Lunatic asylums Punjab 1881-1894 - 1881-1894
Year: 1881
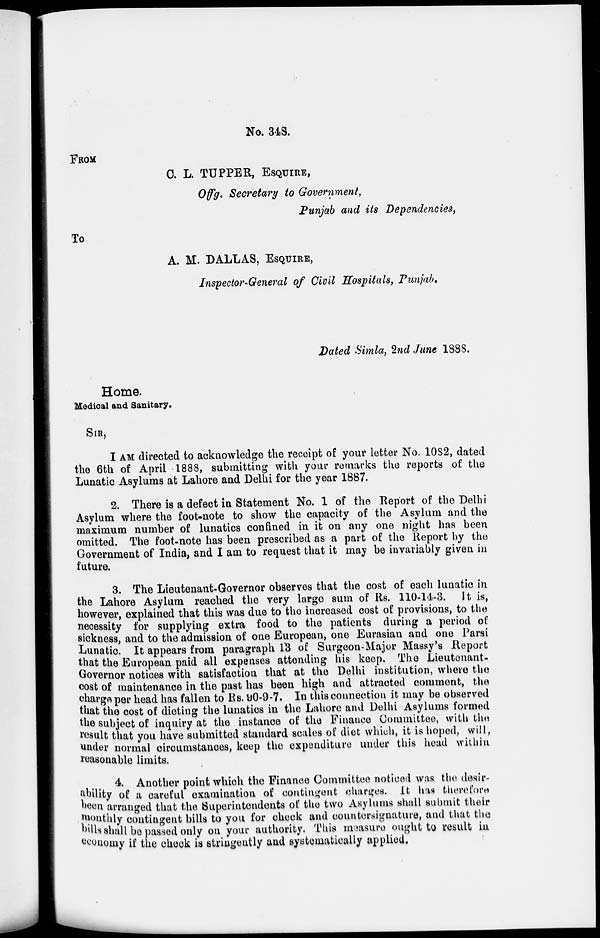
No. 34S.
FROM
C. L. TUPPER , ESQUIRE,
Offg. Secretary to Government ,
Punjab and its Dependencies,
TO
A. M. DALLAS, ESQUIRE,
Inspector-General of Civil Hospitals, Punjab.
Dated Simla, 2nd June 1888.
Home.
Medical and Sanitary.
SIR,
I AM directed to acknowledge the receipt of your letter No. 1082, dated
the 6th of April 1888, submitting with your remarks the reports of the
Lunatic Asylums at Lahore and Delhi for the year 1887.
2. There is a defect in Statement No. 1 of the Report of the Delhi
Asylum where the foot-note to show the capacity of the Asylum and the
maximum number of lunatics confined in it on any one night has been
omitted. The foot-note has been prescribed as a part of the Report by the
Government of India, and I am to request that it may be invariably given in
future.
3. The Lieutenant-Governor observes that the cost of each lunatic in
the Lahore Asylum reached the very large sum of Rs. 110-14-3. It is,
however, explained that this was due to the increased cost of provisions, to the
necessity for supplying extra food to the patients during a period of
sickness, and to the admission of one European, one Eurasian and one Parsi
Lunatic. It appears from paragraph 13 of Surgeon-Major Massy's Report
that the European paid all expenses attending his keep. The Lieutenant-
Governor notices with satisfaction that at the Delhi institution, where the
cost of maintenance in the past has been high and attracted comment, the
charge per head has fallen to Rs. 90-9-7. In this connection it may be observed
that the cost of dieting the lunatics in the Lahore and Delhi Asylums formed
the subject of inquiry at the instance of the Finance Committee, with the
result that you have submitted standard scales of diet which, it is hoped, will,
under normal circumstances, keep the expenditure under this head within
reasonable limits.
4. Another point which the Finance Committee noticed was the desir-
ability of a careful examination of contingent charges. It has therefore.
been arranged that the Superintendents of the two Asylums shall submit their
monthly contingent bills to you for check and countersignature, and that the
bills shall be passed only on your authority. This measure ought to result in
economy if the check is stringently and systematically applied.